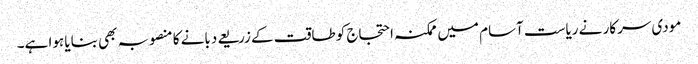
مودی سرکار نے ریاست آسام میں ممکنہ احتجاج کو طاقت کے زریعے دبانے کا منصوبہ بھی بنایا ہوا ہے۔